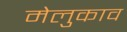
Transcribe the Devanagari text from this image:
मेलुकाव